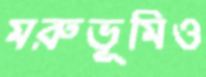
মরুভূমিও